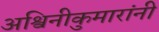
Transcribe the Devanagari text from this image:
अश्विनीकुमारांनी